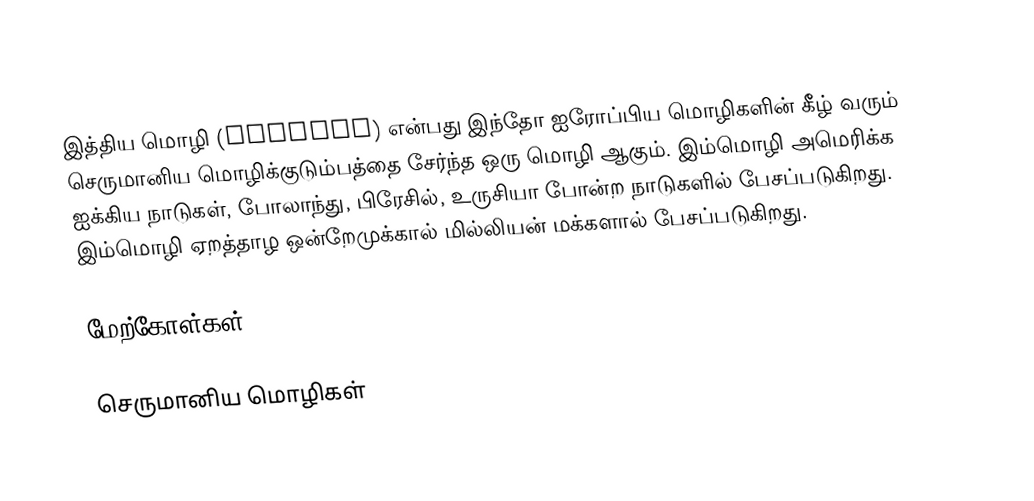
இத்திய மொழி (Yiddish) என்பது இந்தோ ஐரோப்பிய மொழிகளின் கீழ் வரும் செருமானிய மொழிக்குடும்பத்தை சேர்ந்த ஒரு மொழி ஆகும். இம்மொழி அமெரிக்க ஐக்கிய நாடுகள், போலாந்து, பிரேசில், உருசியா போன்ற நாடுகளில் பேசப்படுகிறது. இம்மொழி ஏறத்தாழ ஒன்றேமுக்கால் மில்லியன் மக்களால் பேசப்படுகிறது.

மேற்கோள்கள்

செருமானிய மொழிகள்